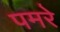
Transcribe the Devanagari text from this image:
पमरे